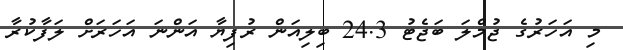
މި އަހަރުގެ ޖުމްލަ ބަޖެޓު 24.3 ބިލިއަން ރުފިޔާ އަންނަ އަހަރަށް ލަފާކުރާ